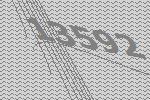
13592